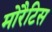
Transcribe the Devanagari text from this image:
मोरैटिस